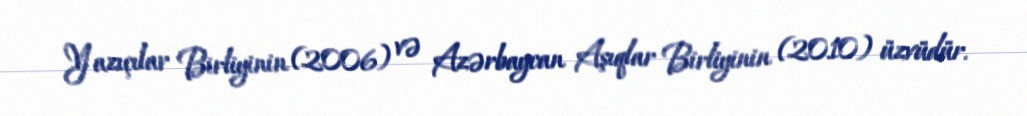
Yazıçılar Birliyinin (2006) və Azərbaycan Aşıqlar Birliyinin (2010) üzvüdür.